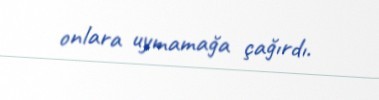
onlara uymamağa çağırdı.